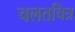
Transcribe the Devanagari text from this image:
चलतचित्र